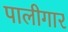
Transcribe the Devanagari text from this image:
पालीगार